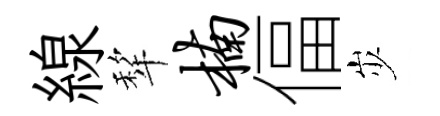
線犂楠偪𡵯